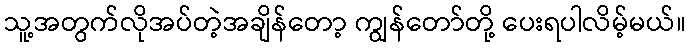
သူ့အတွက်လိုအပ်တဲ့အချိန်တော့ ကျွန်တော်တို့ ပေးရပါလိမ့်မယ်။